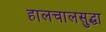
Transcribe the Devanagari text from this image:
हालचालसुद्धा